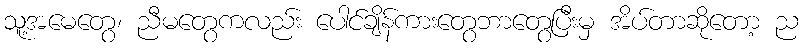
သူ့အမေတွေ၊ ညီမတွေကလည်း ပေါင်ချိန်ကားတွေဘာတွေပြီးမှ အိပ်တာဆိုတော့ ည